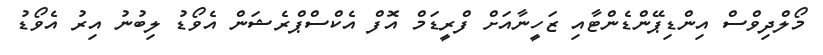
މޯލްދިވްސް އިންޑިޕޭންޑެންޓާއި ޒަހީނާއަށް ފްރީޑަމް އޮފް އެކްސްޕްރެޝަން އެވޯޑު ލިބުނު އިރު އެވޯޑު